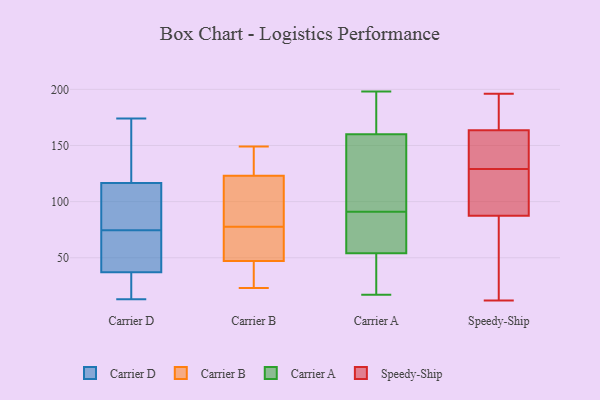
{"axis": {"x": "Customer Acquisition Cost (USD)", "y": "Value"}, "legend": ["Carrier A", "Carrier B", "Carrier D", "Speedy-Ship"], "data": [{"x": "", "y": 109, "type": "Carrier D"}, {"x": "", "y": 65, "type": "Carrier D"}, {"x": "", "y": 150, "type": "Carrier D"}, {"x": "", "y": 147, "type": "Carrier D"}, {"x": "", "y": 13, "type": "Carrier D"}, {"x": "", "y": 124, "type": "Carrier D"}, {"x": "", "y": 41, "type": "Carrier D"}, {"x": "", "y": 87, "type": "Carrier D"}, {"x": "", "y": 49, "type": "Carrier D"}, {"x": "", "y": 38, "type": "Carrier D"}, {"x": "", "y": 85, "type": "Carrier D"}, {"x": "", "y": 13, "type": "Carrier D"}, {"x": "", "y": 174, "type": "Carrier D"}, {"x": "", "y": 36, "type": "Carrier D"}, {"x": "", "y": 29, "type": "Carrier D"}, {"x": "", "y": 84, "type": "Carrier D"}, {"x": "", "y": 79, "type": "Carrier B"}, {"x": "", "y": 76, "type": "Carrier B"}, {"x": "", "y": 49, "type": "Carrier B"}, {"x": "", "y": 34, "type": "Carrier B"}, {"x": "", "y": 94, "type": "Carrier B"}, {"x": "", "y": 134, "type": "Carrier B"}, {"x": "", "y": 23, "type": "Carrier B"}, {"x": "", "y": 112, "type": "Carrier B"}, {"x": "", "y": 149, "type": "Carrier B"}, {"x": "", "y": 135, "type": "Carrier B"}, {"x": "", "y": 57, "type": "Carrier B"}, {"x": "", "y": 45, "type": "Carrier B"}, {"x": "", "y": 54, "type": "Carrier A"}, {"x": "", "y": 45, "type": "Carrier A"}, {"x": "", "y": 95, "type": "Carrier A"}, {"x": "", "y": 198, "type": "Carrier A"}, {"x": "", "y": 196, "type": "Carrier A"}, {"x": "", "y": 36, "type": "Carrier A"}, {"x": "", "y": 87, "type": "Carrier A"}, {"x": "", "y": 80, "type": "Carrier A"}, {"x": "", "y": 148, "type": "Carrier A"}, {"x": "", "y": 144, "type": "Carrier A"}, {"x": "", "y": 67, "type": "Carrier A"}, {"x": "", "y": 48, "type": "Carrier A"}, {"x": "", "y": 128, "type": "Carrier A"}, {"x": "", "y": 186, "type": "Carrier A"}, {"x": "", "y": 81, "type": "Carrier A"}, {"x": "", "y": 180, "type": "Carrier A"}, {"x": "", "y": 160, "type": "Carrier A"}, {"x": "", "y": 17, "type": "Carrier A"}, {"x": "", "y": 121, "type": "Speedy-Ship"}, {"x": "", "y": 34, "type": "Speedy-Ship"}, {"x": "", "y": 89, "type": "Speedy-Ship"}, {"x": "", "y": 196, "type": "Speedy-Ship"}, {"x": "", "y": 121, "type": "Speedy-Ship"}, {"x": "", "y": 41, "type": "Speedy-Ship"}, {"x": "", "y": 177, "type": "Speedy-Ship"}, {"x": "", "y": 162, "type": "Speedy-Ship"}, {"x": "", "y": 12, "type": "Speedy-Ship"}, {"x": "", "y": 182, "type": "Speedy-Ship"}, {"x": "", "y": 38, "type": "Speedy-Ship"}, {"x": "", "y": 179, "type": "Speedy-Ship"}, {"x": "", "y": 145, "type": "Speedy-Ship"}, {"x": "", "y": 99, "type": "Speedy-Ship"}, {"x": "", "y": 141, "type": "Speedy-Ship"}, {"x": "", "y": 87, "type": "Speedy-Ship"}, {"x": "", "y": 160, "type": "Speedy-Ship"}, {"x": "", "y": 129, "type": "Speedy-Ship"}, {"x": "", "y": 164, "type": "Speedy-Ship"}]}